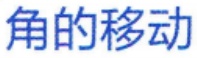
角的移动